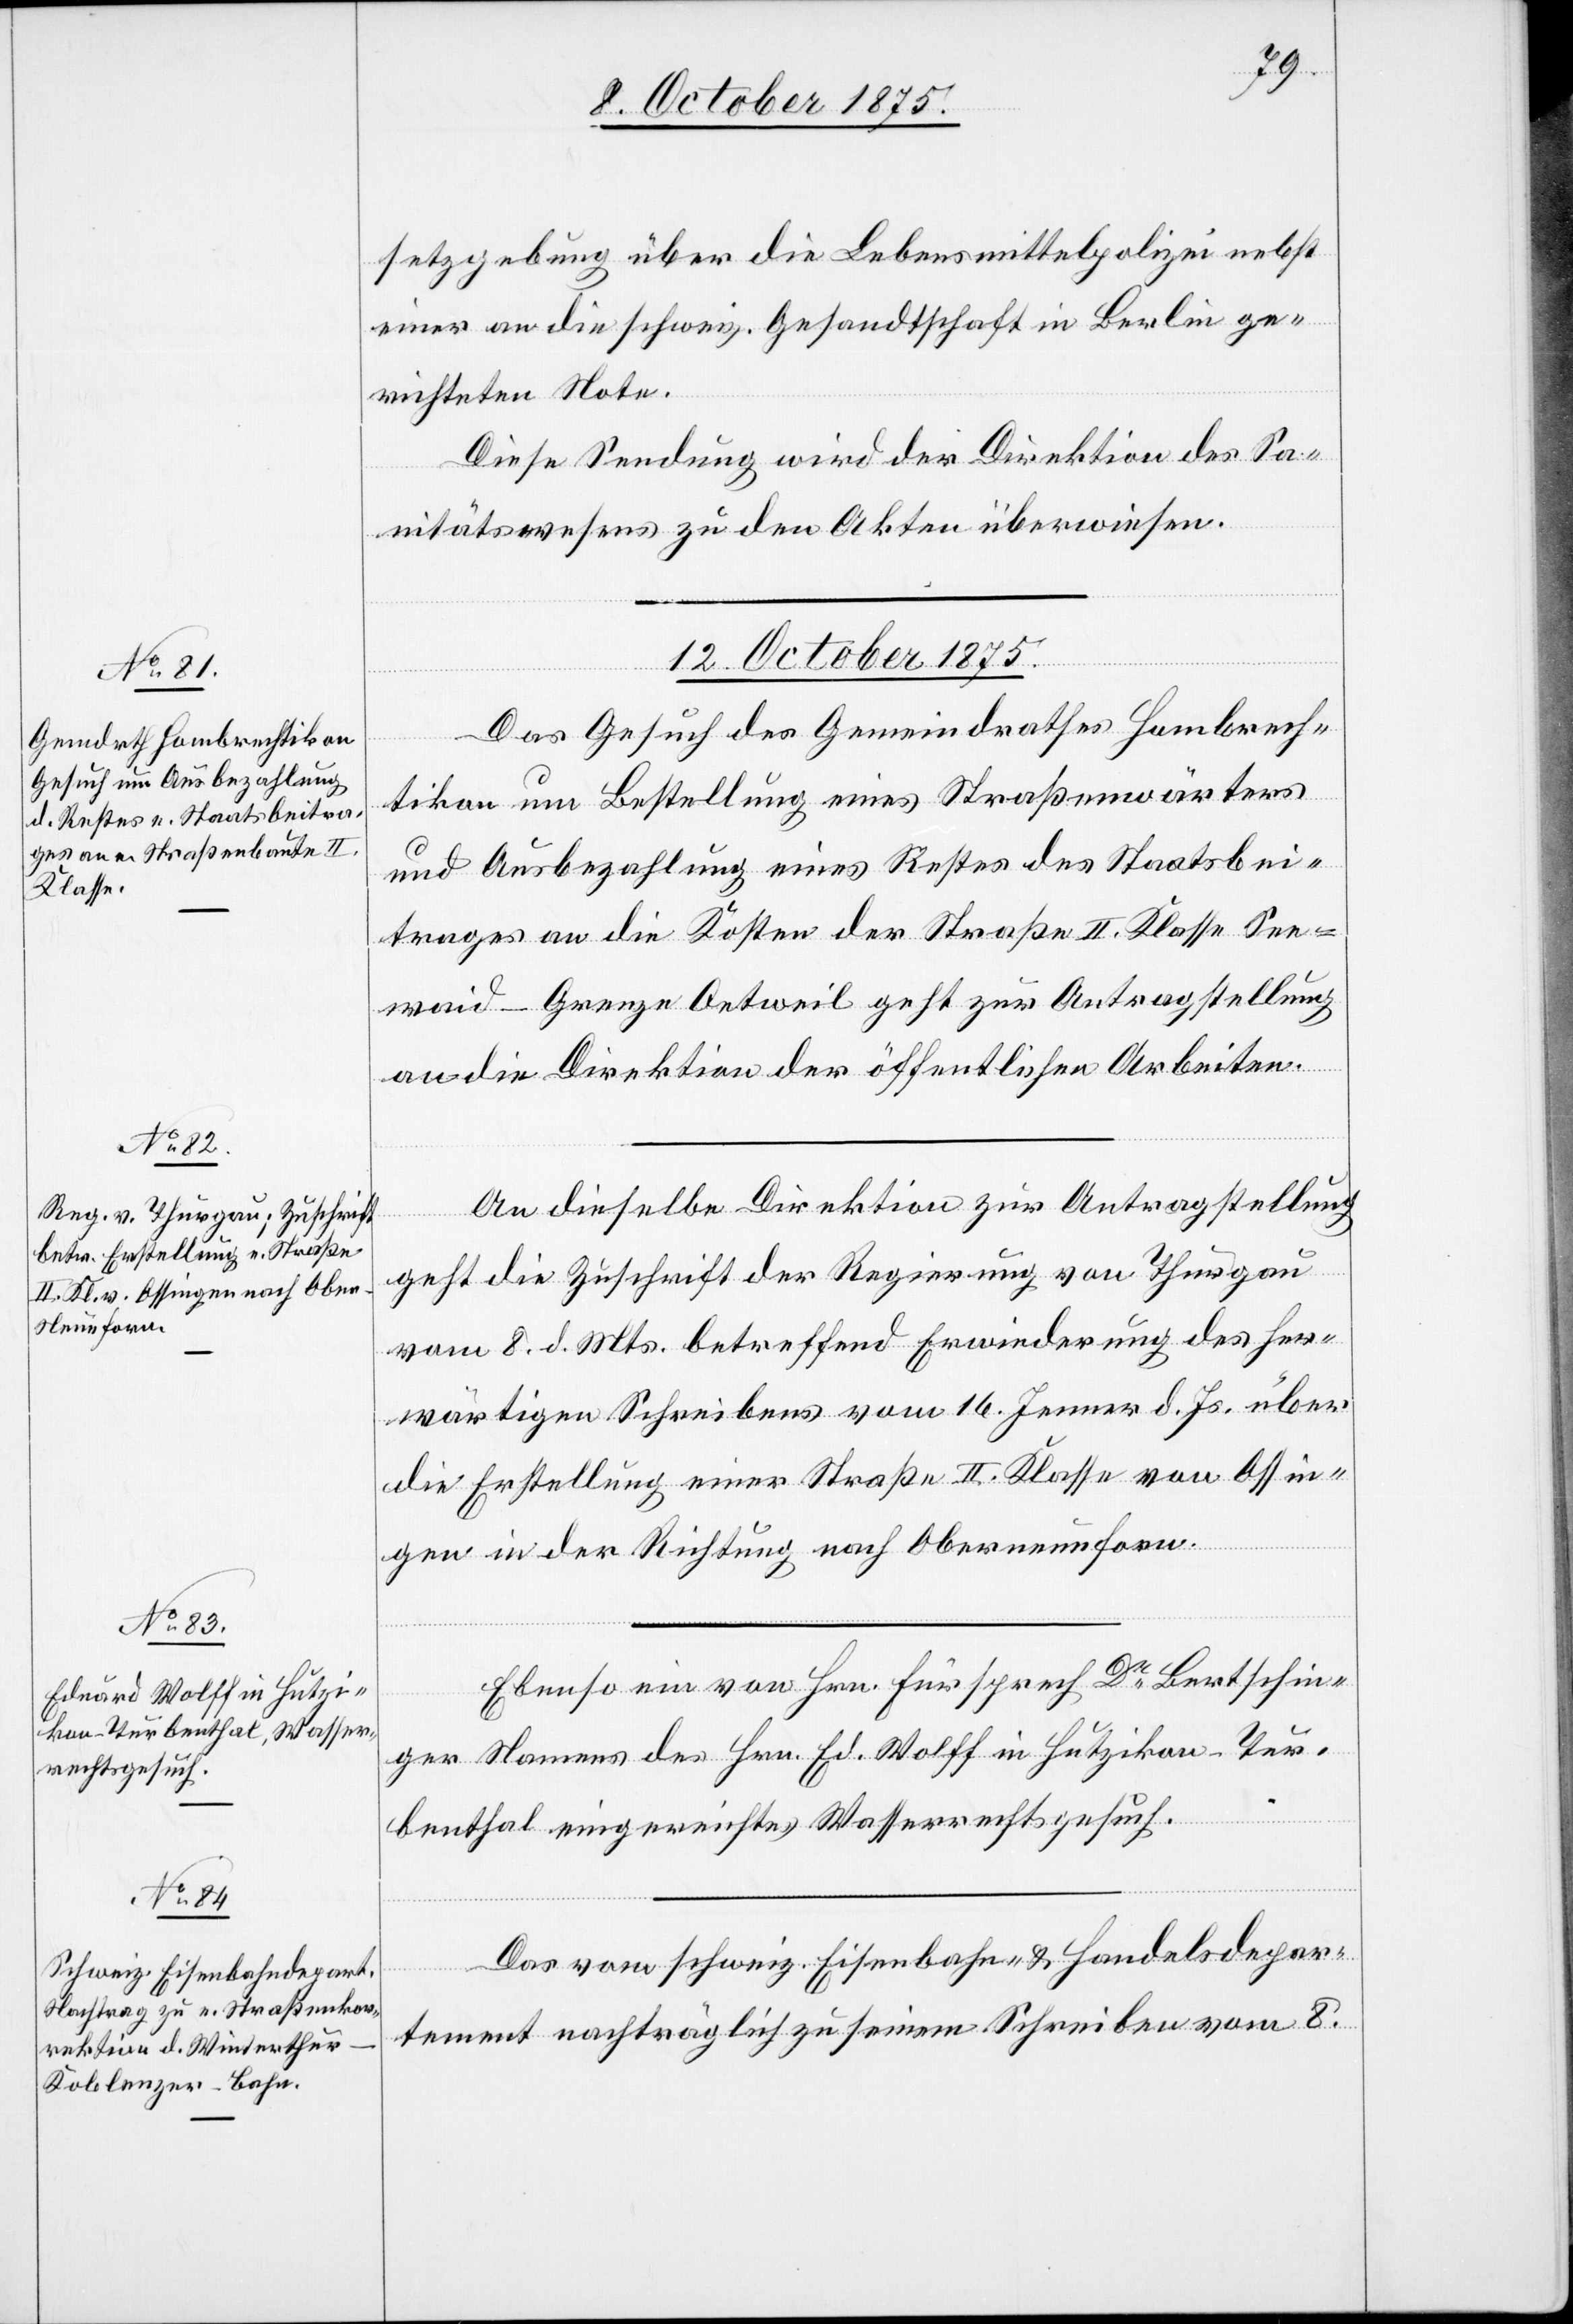
setzgebung über die Lebensmittelpolizei nebst
einer an die schweiz. Gesandtschaft in Berlin ge¬
richtete Note.
Diese Sendung wird der Direktion des Sa¬
forn.
nitätswesens zu den Akten überwiesen.
12. October 1875.]
Das Gesuch des Gemeindrathes Hombrech¬
tikon um Bestellung eines Straßenwärters
und Ausbezahlung eines Restes des Staatsbei¬
trages an die Kosten der Straße II. Klasse See¬
waid–Grenze Oetweil geht zur Antragstellung
an die Direktion der öffentlichen Arbeiten.
An dieselbe Direktion zur Antragstellung
geht die Zuschrift der Regierung von Thurgau
vom 8. d. Mts. betreffend Erwiederung des her¬
wärtigen Schreibens vom 16. Jenner d. Js. über
die Erstellung einer Straße II. Klasse von Ossin¬
Ebenso ein von Hrn. Fürsprech Dr Bertschin¬
ger Namens des Hrn. Ed. Wolff in Hutzikon - Tur¬
zung
benthal eingereichtes Wasserrechtsgesuch.
Das vom schweiz. Eisenbahn- & Handelsdepar¬
[Fortset¬
tement nachträglich zu seinem Schreiben vom 8.